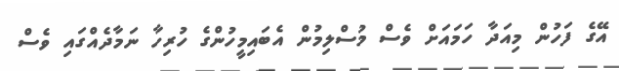
އޭގެ ފަހުން މިއަދާ ހަމައަށް ވެސް މުސްލިމުން އެބައިމީހުންގެ ހުރިހާ ނަމާދެއްގައި ވެސް